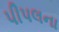
પીપલના